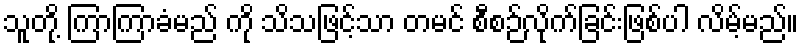
သူတို့ ကြာကြာခံမည် ကို သိသဖြင့်သာ တမင် စီစဉ်လိုက်ခြင်းဖြစ်ပါ လိမ့်မည်။